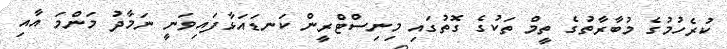
ކުރެހުމުގެ މުބާރާތުގެ ތީމް ތަކުގެ ގޮތުގައި މިނިސްޓްރީން ކަނޑައަޅާފައިވަނީ ނަމާދު މަންމަ އާއި